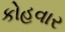
કોહવાર